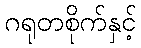
ဂရုတစိုက်နှင့်